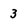
Character: 3